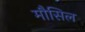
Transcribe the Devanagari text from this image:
मौसिल